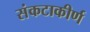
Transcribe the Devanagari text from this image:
संकटाकीर्ण